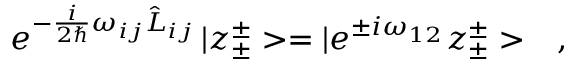
e ^ { - \frac { i } { 2 \hbar } \omega _ { i j } \hat { L } _ { i j } } \, | z _ { \pm } ^ { \pm } > = | e ^ { \pm i \omega _ { 1 2 } } z _ { \pm } ^ { \pm } > \ \ \ ,